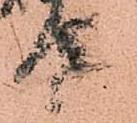
殿